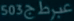
عیراج503